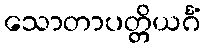
သောတာပတ္တိယင်္ဂံ